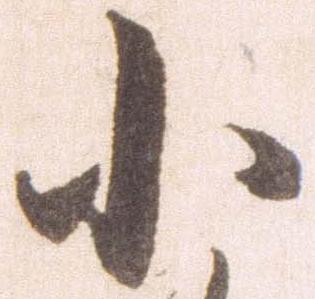
小